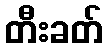
တီးခတ်